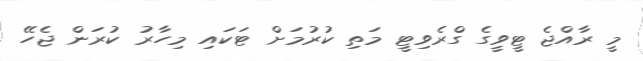
މީ ރާއްޖެ ޓީވީގެ ގްރެވިޓީ މަތި ކުރުުމަށް ޓަަކައި މިހާރު ކުރަން ޖެހޭ